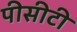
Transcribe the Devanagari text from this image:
पीसीटी